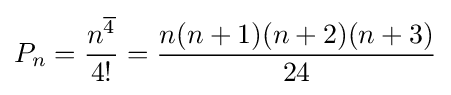
P_{n}={\frac {n^{\overline {4}}}{4!}}={\frac {n(n+1)(n+2)(n+3)}{24}}